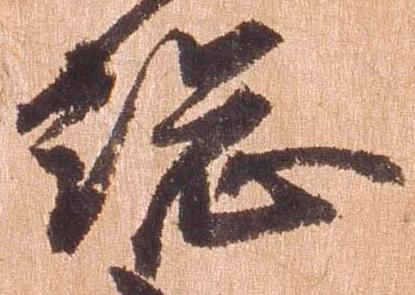
総